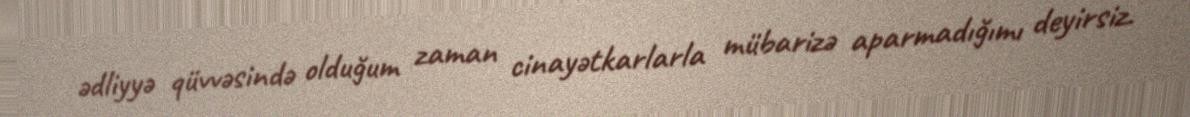
ədliyyə qüvvəsində olduğum zaman cinayətkarlarla mübarizə aparmadığımı deyirsiz.